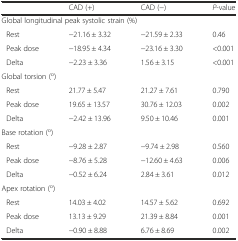
|  | CAD (+) | CAD (−) | P-value |
 | --- | --- | --- | --- |
 | <COLSPAN=4> Global longitudinal peak systolic strain (%) |
 | Rest | −21.16 ± 3.32 | −21.59 ± 2.33 | 0.46 |
 | Peak dose | −18.95 ± 4.34 | −23.16 ± 3.30 | <0.001 |
 | Delta | −2.23 ± 3.36 | 1.56 ± 3.15 | <0.001 |
 | <COLSPAN=4> Global torsion (o) |
 | Rest | 21.77 ± 5.47 | 21.27 ± 7.61 | 0.790 |
 | Peak dose | 19.65 ± 13.57 | 30.76 ± 12.03 | 0.002 |
 | Delta | −2.42 ± 13.96 | 9.50 ± 10.46 | 0.001 |
 | <COLSPAN=4> Base rotation (o) |
 | Rest | −9.28 ± 2.87 | −9.74 ± 2.98 | 0.560 |
 | Peak dose | −8.76 ± 5.28 | −12.60 ± 4.63 | 0.006 |
 | Delta | −0.52 ± 6.24 | 2.84 ± 3.61 | 0.012 |
 | <COLSPAN=4> Apex rotation (o) |
 | Rest | 14.03 ± 4.02 | 14.57 ± 5.62 | 0.692 |
 | Peak dose | 13.13 ± 9.29 | 21.39 ± 8.84 | 0.001 |
 | Delta | −0.90 ± 8.88 | 6.76 ± 8.69 | 0.002 |